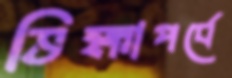
ভিক্ষাপর্বে